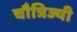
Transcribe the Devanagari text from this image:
चौत्रिज्यी